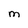
Character: M